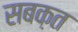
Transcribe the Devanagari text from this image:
सबक़त